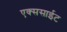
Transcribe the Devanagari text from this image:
एक्ससाईट